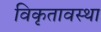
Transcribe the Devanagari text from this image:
विकृतावस्था